Insane asylums in Bengal annual reports 1876-1887 - 1876-1887
Year: 1876
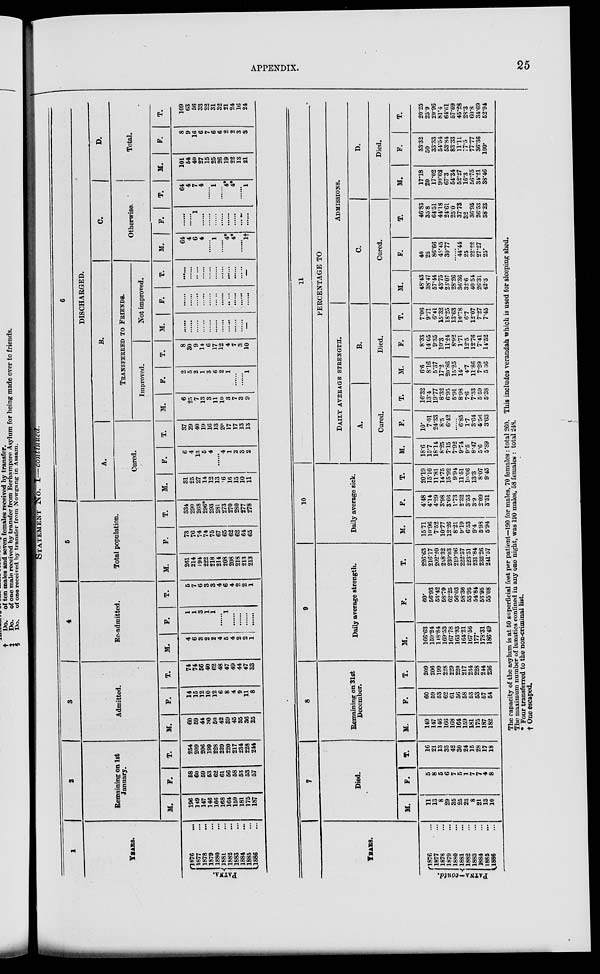
APPENDIX.
25
STATEMENT No. I—continued.
1
YEARS.
PATNA.
1876 ...
1877 ...
1878 ...
1879 ...
1880 ...
1881 ...
1882 ...
1883 ...
1884 ...
1885 ...
1886 ...
2
Remaining on 1st
January.
M.
196
149
147
146
166
168
164
159
181
175
187
F.
58
60
59
53
62
61
56
58
53
53
57
T.
254
209
206
199
228
229
220
217
234
228
244
3
Admitted.
M.
60
59
44
30
50
42
39
45
35
36
25
F.
14
15
12
10
12
6
8
4
9
11
8
T.
74
74
56
40
62
48
47
49
44
47
33
4
Re-admitted.
M.
4
6
3
2
2
4
5
4
2
2
1
F.
1
1
3
1
1
......
1
......
......
......
......
T.
5
7
6
3
3
4
6
4
2
2
1
5
Total population.
M.
261
214
194
222
218
214
208
208
218
213
213
F.
73
76
74
74
75
67
65
62
62
64
65
T.
334
290
268
296*
293
281
273
270
280
277
278
6
DISCHARGED.
A.
Cured.
M.
31
25
27
14
12
13
16
16
15
10
11
F.
6
4
13
5
4
......
4
1
2
3
2
T.
37
29
40
19
16
13
20
17
17
13
13
B.
TRANSFERRED TO FRIENDS.
Improved.
M.
6
25
7
13
3
11
10
3
7
3
9
F.
2
5
2
1
3
6
2
1
......
......
1
T.
8
30
9
14
6
17
12
4
7
3
10
Not improved.
M.
......
......
......
......
......
......
......
......
......
......
......
F.
......
......
......
......
......
......
......
......
......
......
......
T.
......
......
......
......
......
......
......
......
......
......
......
c.
Otherwise.
M.
64
4
6
4
......
1
......
4*
4*
......
1†
F.
......
......
1
......
......
......
......
......
......
......
......
T.
64
4
7
4
......
1
......
4*
4*
......
1
D.
Total.
M.
101
54
40
27
15
25
26
19
22
13
21
F.
8
9
16
6
7
6
6
2
2
3
3
T.
109
63
56
33
22
31
32
21
24
16
24
YEARS.
PATNA¬contd.
1876 ...
1877 ...
1878 ...
1879 ...
1880 ...
1881 ...
1882 ...
1883 ...
1884 ...
1885 ...
1886 ...
7
Died.
M.
11
13
8
29
35
25
23
8
21
13
10
F.
5
8
5
6
7
5
1
7
7 4
8
T.
16
21
13
35
42
30
24
15
28
17
18
8
Remaining on 31st
December.
M.
149
147
146
166
168
164
159
181
175
187
182
F.
60
59
53
62
61
56
58
53
53
57
54
T.
209
206
199
228
229
220
217
234
228
244
236
9
Daily average strength.
M.
166.63
159.24
148.84
169.53
167.78
163.93
164.21
16756
177.
178.31
186.49
F.
60.
56.93
53.42
58.79
62.25
56.03
58.36
55.95
54.84
53.95
55.08
T.
226.63
216.17
202.20
228.32
230.03
219.96
222.57
223.51
231.84
232.26
241.57
10
Daily average sick.
M.
15.71
10.96
7.52
10.77
12.26
8.21
9.19
6.53
9.4
5.98
5.94
F.
4.48
4.14
4.29
3.98
3.66
1.73
2.32
3.53
3.9
2.09
3.51
T.
20.19
15.10
11.81
14.75
15.92
9.94
11.51
l0.06
13.3
8.07
9.45
11
PERCENTAGE TO
DAILY AVERAGE STRENGTH.
A.
Cured.
M.
18.6
15.7
18.14
8.25
7.15
7.92
9.74
9.5
8.47
5.6
5.89
F.
10.
7.01
24.33
8.5
6.42
......
6.35
1.7
3.64
5.56
3.63
T.
16.32
18.4
19.77
8.32
6.95
5.91
8.98
7.6
7.33
5.59
5.38
B.
Died.
M.
6.6
8.16
5.37
17.2
20.86
15.25
14.
4.7
11.86
7.29
5.36
F.
8.33
14.05
9.85
10.3
11.24
8.92
1.71
12.5
12.76
7.41
14.52
T.
7.06
9.71
6.41
15.32
18.25
13.63
10.78
6.7
12.07
7.27
7.45
ADMISSIONS.
C.
Cured.
M.
48.43
38.47
57.44
43.75
23.07
28.26
86.36
32.6
40.54
26.31
42.3
F.
40
25
86.66
45.45
30.77
......
44.44
25
22.22
27.27
25.
T.
46.83
85.8
64.51
44.18
24.61
25.0
37.3
32
36.95
26.53
38.23
Died.
M.
17.18
20
17.02
90.62
67.3
54.34
52.27
16.3
56.75
34.21
38.46
F.
33.32
50
33.33
54.54
53.84
83.33
11.11
17.5
77.77
36.36
100.
T.
20.25
25.9
20.96
81.4
64.61
57.69
45.28
28.3
60.8
34.69
52.94
The rapacity of the asylum is at 50 superficial feet per patient—190 for males, 70 females: total 260. This includes verandah which is used for sleeping shed
The maximum number of lunatics confined in any one night, was 190 males, 58 female. : total 248.
* Four transferred to the non-criminal list,
† One escaped.